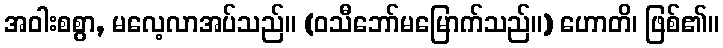
အဝါးစစွာ, မလေ့လာအပ်သည်။ (ဝသီဘော်မမြောက်သည်။) ဟောတိ၊ ဖြစ်၏။